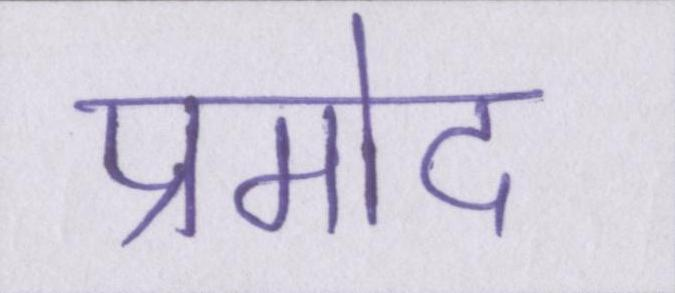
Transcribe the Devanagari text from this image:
प्रमोद